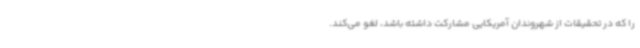
را که در تحقیقات از شهروندان آمریکایی مشارکت داشته باشد، لغو می‌کند.